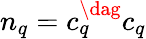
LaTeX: n_{q}=c_{q}^{\dag}c_{q}